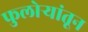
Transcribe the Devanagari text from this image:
फुलोर्‍यांतून